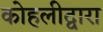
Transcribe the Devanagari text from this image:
कोहलीद्वारा